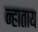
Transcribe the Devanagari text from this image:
न्हाताय